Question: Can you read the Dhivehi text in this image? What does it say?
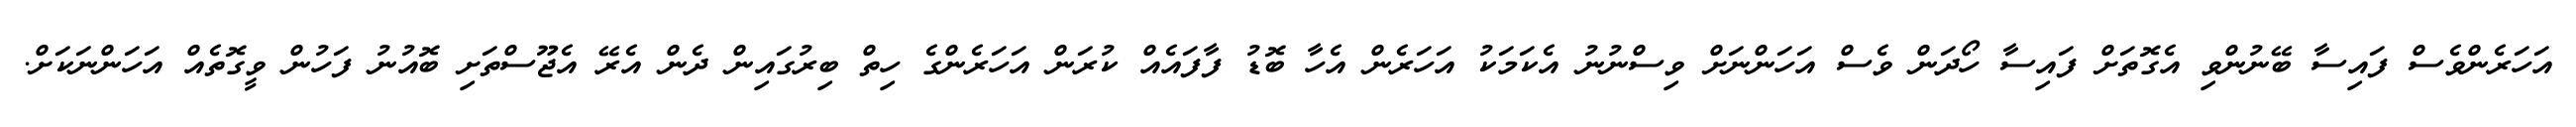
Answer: އަހަރެންވެސް ފައިސާ ބޭނުންވި އެގޮތަށް ފައިސާ ހޯދަން ވެސް އަހަންނަށް ވިސްނުނު އެކަމަކު އަހަރެން އެހާ ބޮޑު ފާފައެއް ކުރަން އަހަރެންގެ ހިތް ބިރުގައިން ދެން އެރޭ އެޖޫސްތަށި ބޮއުނު ފަހުން ވީގޮތެއް އަހަންނަކަށް.